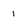
Character: 1